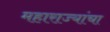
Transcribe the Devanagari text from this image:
महाराज्यांचा